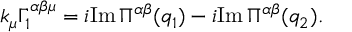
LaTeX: k _ { \mu } \Gamma _ { 1 } ^ { \alpha \beta \mu } = i \mathrm { I m } \, \Pi ^ { \alpha \beta } ( q _ { 1 } ) - i \mathrm { I m } \, \Pi ^ { \alpha \beta } ( q _ { 2 } ) .